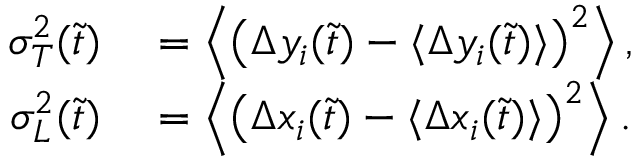
\begin{array} { r l } { \sigma _ { T } ^ { 2 } ( \tilde { t } ) } & { { } = \left\langle \left( \Delta y _ { i } ( \tilde { t } ) - \langle \Delta y _ { i } ( \tilde { t } ) \rangle \right) ^ { 2 } \right\rangle , } \\ { \sigma _ { L } ^ { 2 } ( \tilde { t } ) } & { { } = \left\langle \left( \Delta x _ { i } ( \tilde { t } ) - \langle \Delta x _ { i } ( \tilde { t } ) \rangle \right) ^ { 2 } \right\rangle . } \end{array}